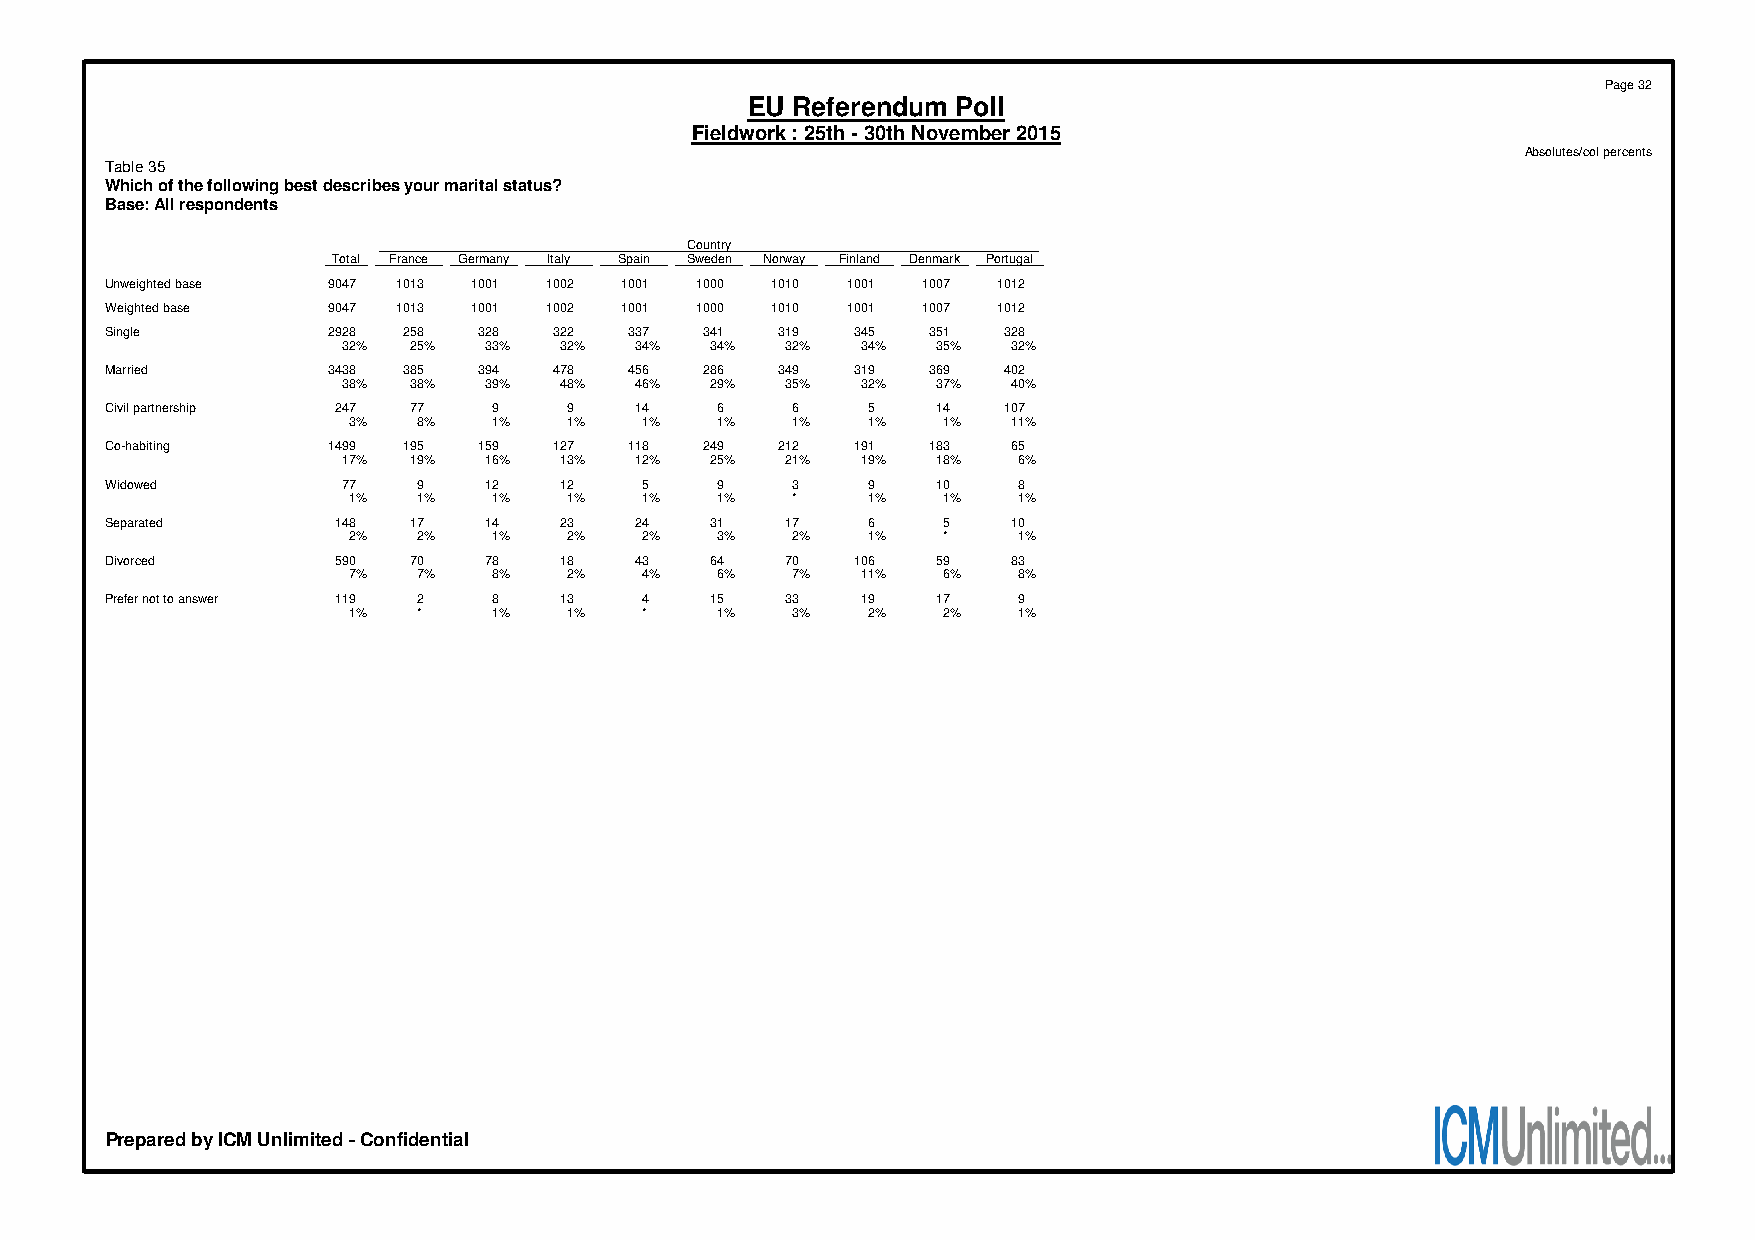
Page 32
 EU Referendum Poll
 Fieldwork : 25th - 30th November 2015
 Absolutes/col percents
 Table 35
 Which of the following best describes your marital status?
 Base: All respondents
 Country
 Total France Germany Italy Spain Sweden Norway Finland Denmark Portugal
 Unweighted base 9047 1013 1001 1002 1001 1000 1010 1001 1007 1012
 Weighted base  9047 1013 1001 1002 1001 1000 1010 1001 1007 1012
 Single         2928 258  328  322  337  341  319 345  351  328
 32% 25%  33%  32%  34%  34%  32%  34%  35%  32%
 Married        3438 385  394  478  456  286  349 319  369  402
 38% 38%  39%  48%  46%  29%  35%  32%  37%  40%
 Civil partnership 247 77  9    9   14   6    6    5    14  107
 3%   8%   1%   1%   1%  1%   1%   1%   1%   11%
 Co-habiting    1499 195  159  127  118  249  212 191  183   65
 17% 19%  16%  13%  12%  25%  21%  19%  18%  6%
 Widowed         77   9   12   12    5   9    3    9    10   8
 1%   1%   1%   1%   1%  1%   *    1%   1%   1%
 Separated      148  17   14   23   24   31   17   6    5    10
 2%   2%   1%   2%   2%  3%   2%   1%   *    1%
 Divorced       590  70   78   18   43   64   70  106   59   83
 7%   7%   8%   2%   4%  6%   7%   11%  6%   8%
 Prefer not to answer 119 2 8  13    4   15   33   19   17   9
 1%   *    1%   1%   *   1%   3%   2%   2%   1%
 Prepared by ICM Unlimited - Confidential